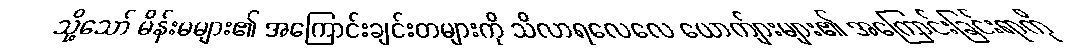
သို့သော် မိန်းမများ၏ အကြောင်းချင်းတများကို သိလာရလေလေ ယောက်ျားများ၏ အကြောင်းခြင်းရာကို